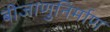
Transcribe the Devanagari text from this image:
बीजाणुनिर्माण